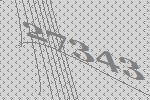
27343